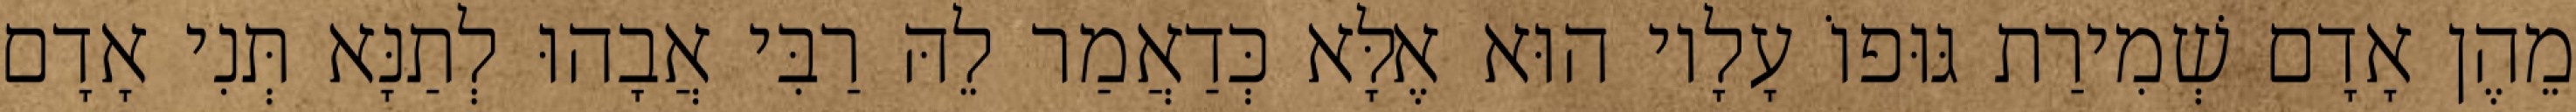
מֵהֶן אָדָם שְׁמִירַת גּוּפוֹ עָלָיו הוּא אֶלָּא כְּדַאֲמַר לֵהּ רַבִּי אֲבָהוּ לְתַנָּא תְּנִי אָדָם